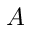
A